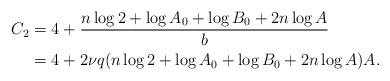
\begin{align*}C_2 &=4+\frac{n\log 2+\log A_0+\log B_0+2n\log A}{b}\\&=4+2\nu q(n\log 2+\log A_0+\log B_0+2n\log A) A.\end{align*}